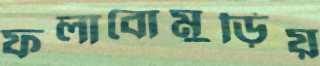
ফলাবোমুড়িয়